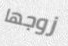
زوجها